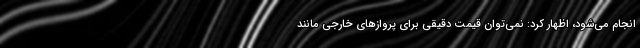
انجام می‌شود، اظهار کرد: نمی‌توان قیمت دقیقی برای پروازهای خارجی مانند